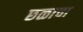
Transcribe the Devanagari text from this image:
छळाचा